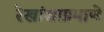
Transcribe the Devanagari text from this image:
रेखांशाप्रमाणे